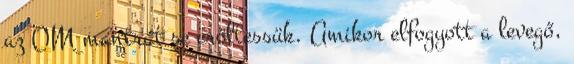
az OM mantrát se erőltessük. Amikor elfogyott a levegő,